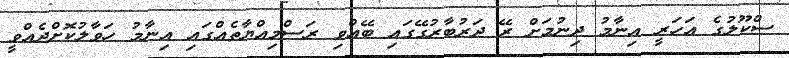
ސްކޫލުގެ އަހަރީ އިނާމު ދިނުމަށް ރޭ ދަރުބާރުގޭގައި ބޭއްވި ރަސްމިއްޔާތެއްގައި އިނާމު ހަވާލުކޮށްދެއްވީ